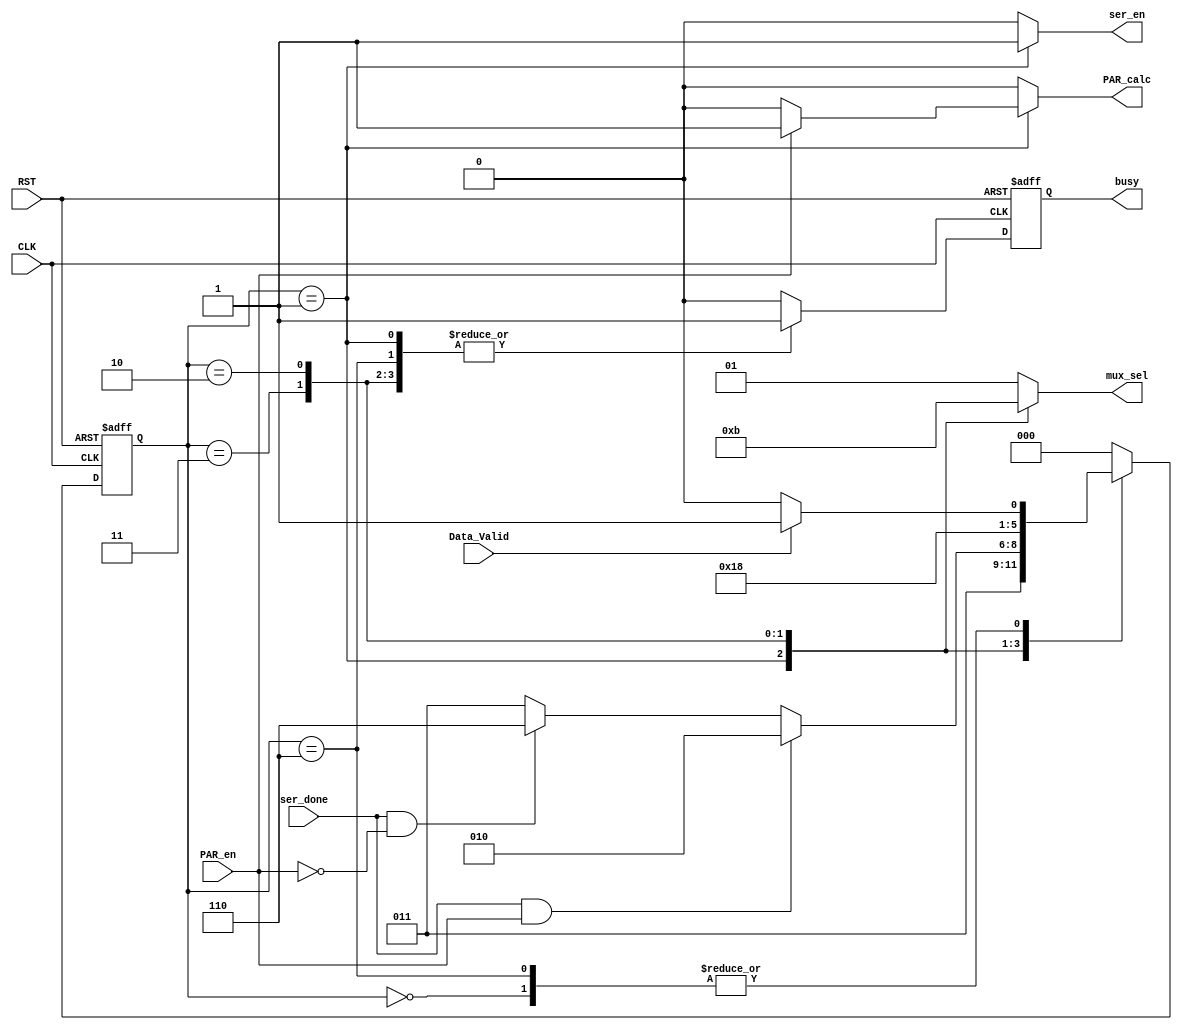
module TX_FSM (
input	wire 								CLK,
input	wire								RST,
input	wire								Data_Valid,
input	wire 								PAR_en,
input	wire								ser_done,

output	reg 								ser_en,
output	reg 								PAR_calc,
output	reg 			[1:0]				mux_sel,
output	reg 								busy
);

//States encoding "gray code"
localparam	IDLE = 3'b000,
			Start = 3'b001,
			Serial_out = 3'b011,
			Parity_out = 3'b010,
			Stop = 3'b110 ;
			
reg		[2:0]	current_state,
				next_state ;
		

reg				busy_comb;

always @(posedge CLK, negedge RST)
 begin
	if (!RST)
	 begin
		current_state <= IDLE ;
	 end
	else 
	 begin 
		current_state <= next_state ;
	 end
 end	
 
  //next state logic
 always @ (*)
  begin
	case (current_state)
	IDLE		:	
				begin
	
				 if ( Data_Valid )
				  begin
				   next_state = Start ;
				  end
				 else
				  begin
				   next_state = IDLE ;
				  end
				  
				end
	
	Start		:	
				begin
				   next_state = Serial_out ;
				end
				
	Serial_out	:	
				begin
	
				 if ( ser_done && PAR_en )
				  begin
				   next_state = Parity_out ;
				  end
				 else if ( ser_done && !PAR_en )
				  begin
				   next_state = Stop ;
				  end
				  else
				  begin
				   next_state = Serial_out ;
				  end
				end
				 
	Parity_out	:
				begin
				   next_state = Stop ;
				end
				
	Stop		:	
				begin
	
				 if ( Data_Valid )
				  begin
				   next_state = Start ;
				  end
				  else
				  begin
				   next_state = IDLE ;
				  end
				end

	default 	: 
				begin
                 next_state = IDLE  ;
				end  
    endcase 
 end

//output logic
 always @ (*)
  begin
	ser_en = 1'b0;
	PAR_calc = 1'b0;
	mux_sel = 2'b01;
	busy_comb = 1'b0;
	case (current_state)
	IDLE		:	
				begin
				ser_en = 1'b0;
				PAR_calc = 1'b0;
				mux_sel = 2'b01;
				busy_comb = 1'b0;
				end
	
	Start		:	
				begin
				ser_en = 1'b1;
				mux_sel = 2'b00;
				busy_comb = 1'b1;
				
				if ( PAR_en )
				 begin
				  PAR_calc = 1'b1; 
				 end
				else
				 begin
				  PAR_calc = 1'b0; 
				 end
				
				end
				
	Serial_out	:	
				begin
				ser_en = 1'b0;
				PAR_calc = 1'b0;
				mux_sel = 2'b10;
				busy_comb = 1'b1;
				end
				 
	Parity_out	:
				begin
				ser_en = 1'b0;
				PAR_calc = 1'b0;
				mux_sel = 2'b11;
				busy_comb = 1'b1;
				end
				
	Stop		:	
				begin
				ser_en = 1'b0;
				PAR_calc = 1'b0;
				mux_sel = 2'b01;
				busy_comb = 1'b1;
				end

	default 	: 
				begin
				ser_en = 1'b0;
				PAR_calc = 1'b0;
				mux_sel = 2'b01;
				busy_comb = 1'b0;
				end
    endcase 
 end


always @ (posedge CLK or negedge RST)
 begin
  if(!RST)
   begin
    busy <= 1'b0 ;
   end
  else
   begin
    busy <= busy_comb ;
   end
 end

endmodule